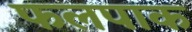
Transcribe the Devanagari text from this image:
फलपाक